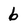
Character: 6